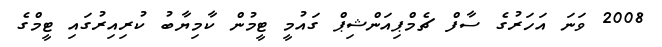
2008 ވަނަ އަހަރުގެ ސާފް ޗެމްޕިއަންޝިޕް ގައުމީ ޓީމުން ކާމިޔާބު ކުރިއިރުގައި ޓީމްގެ